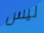
ليس